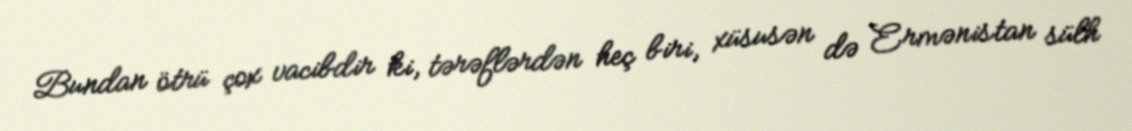
Bundan ötrü çox vacibdir ki, tərəflərdən heç biri, xüsusən də Ermənistan sülh